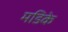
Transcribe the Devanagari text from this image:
मडिके